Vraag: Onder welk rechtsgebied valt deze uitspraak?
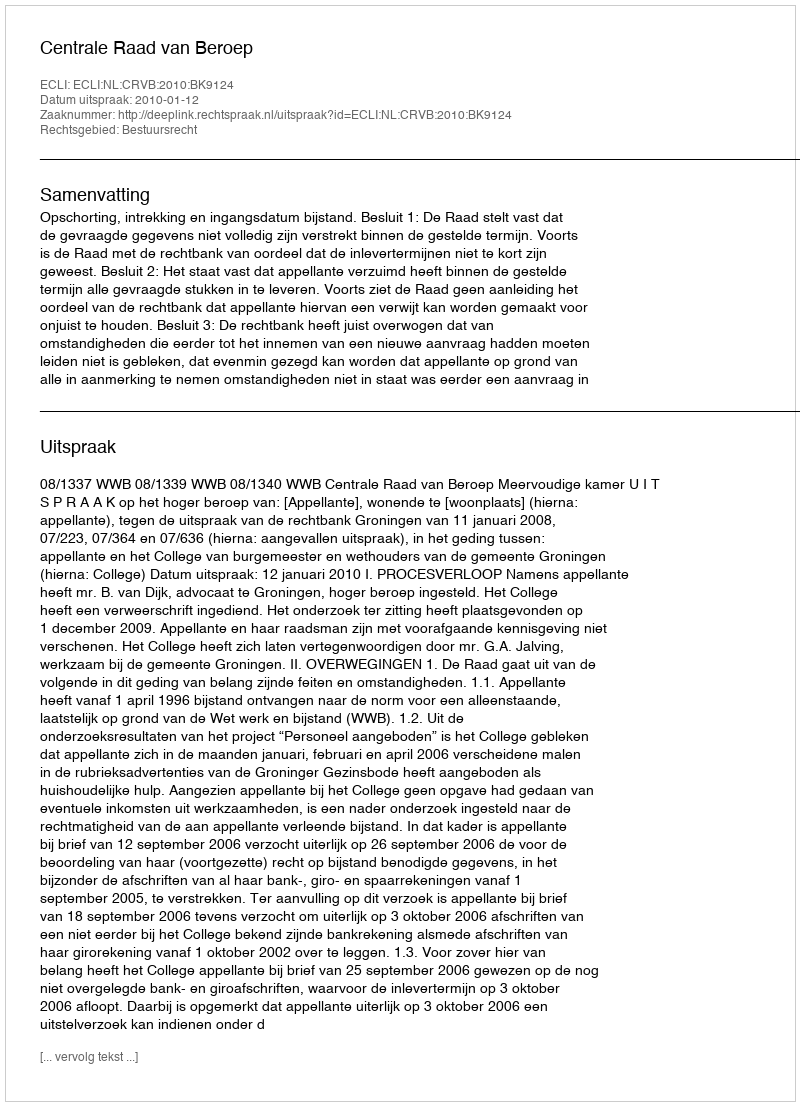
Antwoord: Bestuursrecht